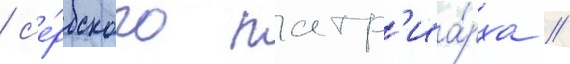
/ с'е́рбского патр'иа́рха //